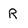
Character: R